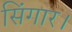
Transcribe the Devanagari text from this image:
सिंगार।